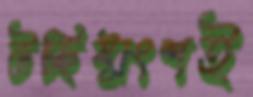
উচ্ছিষ্টাংশই